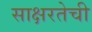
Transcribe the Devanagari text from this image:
साक्षरतेची